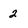
Character: 2